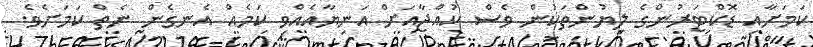
ކަމަށާއި ޑޮކްޓަރުންގެ ލިޔުންތަކުން ވެސް ކުއްޖާއަށް އަނިޔާއެއްވި ކަމެއް އެނގެން ނެތް ކަމަށެވެ.